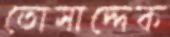
তোসাদ্দেক